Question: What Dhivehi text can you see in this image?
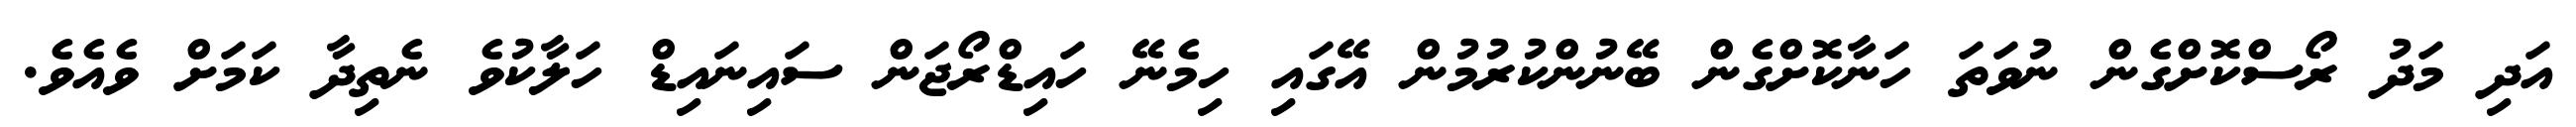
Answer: އަދި މަދު ރޯސްކޮށްގެން ނުވަތަ ހަނާކޮށްގެން ބޭނުންކުރުމުން އޭގައި ހިމެނޭ ހައިޑްރޯޖަން ސައިނައިޑް ހަލާކުވެ ނެތިދާ ކަމަށް ވެއެވެ.